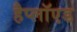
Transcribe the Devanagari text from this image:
हैप्लॉएड